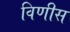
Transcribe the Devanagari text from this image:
विणीस